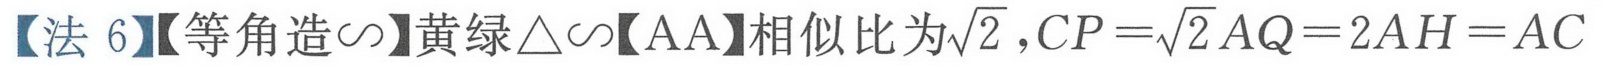
【法6】【等角造∽】黄绿$\triangle\sim$【AA】相似比为$\sqrt{2}$, $CP = \sqrt{2}AQ = 2AH=AC$